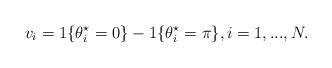
LaTeX: \begin{align*} v_i = 1\{\theta_i^\star=0\} - 1\{\theta_i^\star = \pi \}, i=1,...,N.\end{align*}